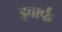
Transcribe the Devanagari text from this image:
ड्वार्फं